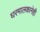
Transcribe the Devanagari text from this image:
घरमालकानेही